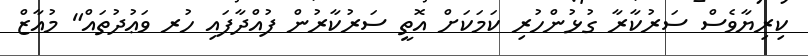
ކިރިޔާވެސް ސަރުކާރާ ގުޅުންހުރި ކަމަކަށް އޮތީ ސަރުކާރުން ފުއްދާފައި ހުރ ވަޢުދުތައް" މުއާޒް